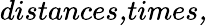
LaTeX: \textit{distances,times,}